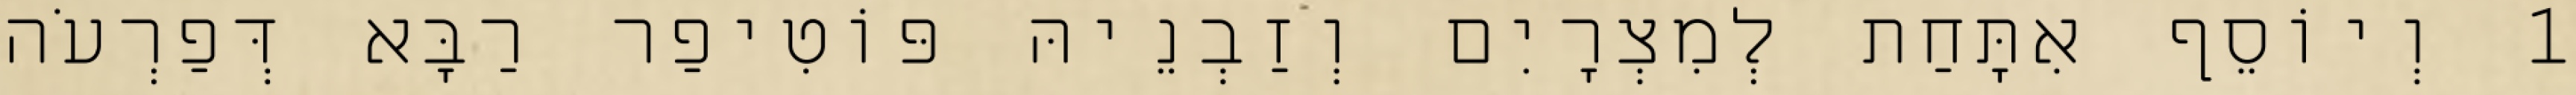
1 וְיוֹסֵף אִתָּחַת לְמִצְרָיִם וְזַבְנֵיהּ פּוֹטִיפַר רַבָּא דְּפַרְעֹה